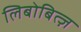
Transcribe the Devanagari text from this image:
लिबोबित्ज़